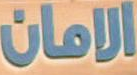
الامان